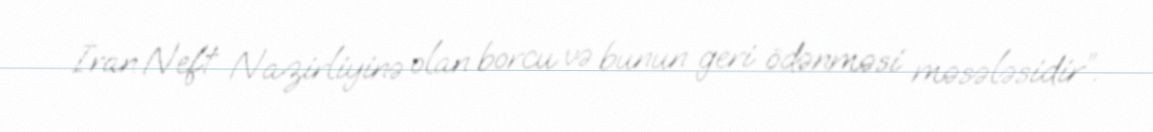
İran Neft Nazirliyinə olan borcu və bunun geri ödənməsi məsələsidir”.